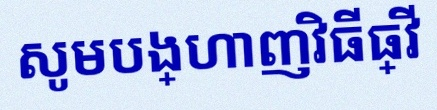
សូមបង្ហាញវិធីធ្វើ